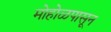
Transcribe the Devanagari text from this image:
मोहोळपासून